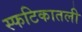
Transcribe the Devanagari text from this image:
स्फटिकातली